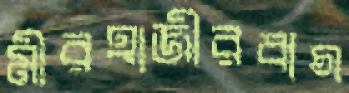
মীরহাজীরবাগ